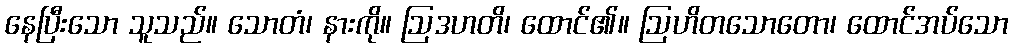
နေပြီးသော သူသည်။ သောတံ၊ နားကို။ ဩဒဟတိ၊ ထောင်၏။ ဩဟိတသောတော၊ ထောင်အပ်သော